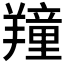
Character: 𦏆